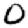
Digit: 0